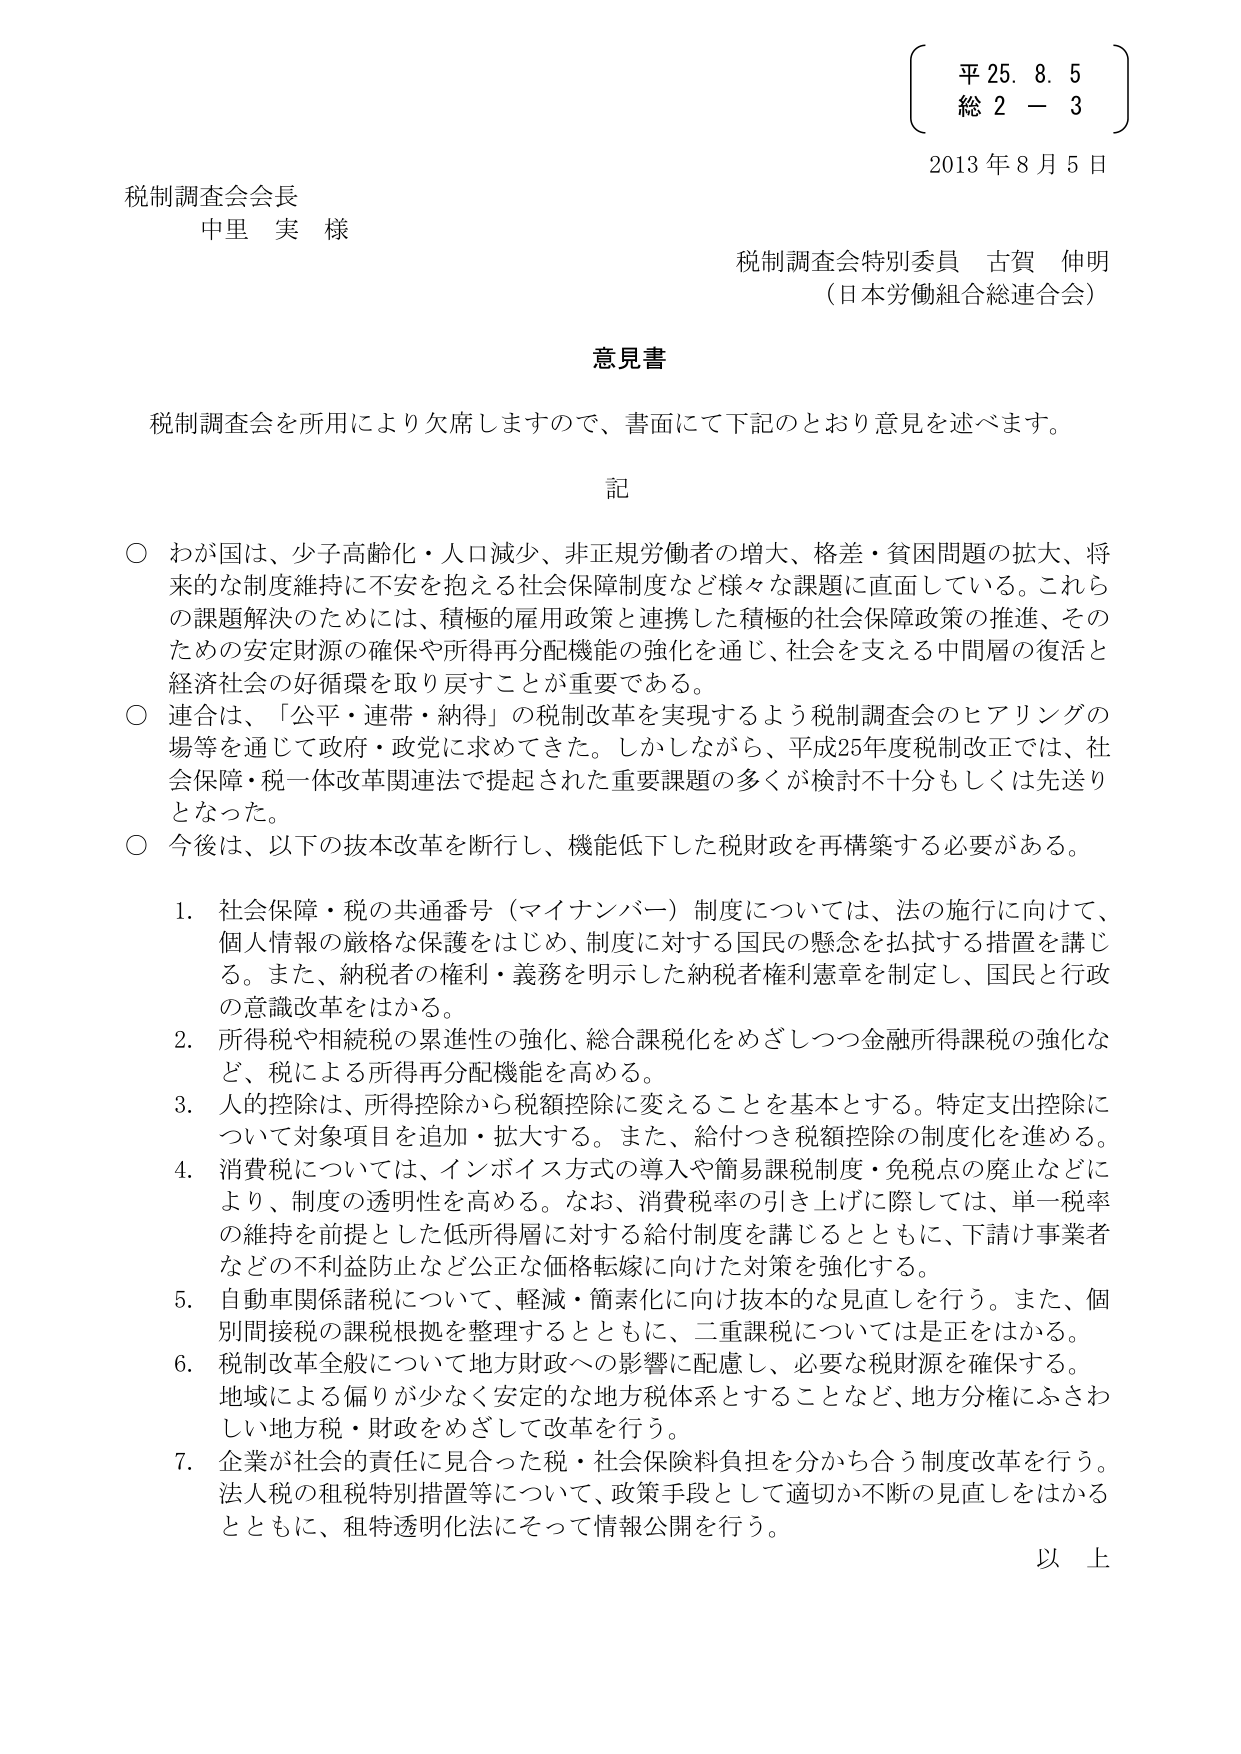
平 25. 8. 5
総 2 － 3
2013年8月5日

税制調査会会長
中里 実 様

税制調査会特別委員 古賀 伸明
（日本労働組合総連合会）

意見書

税制調査会を所用により欠席しますので、書面にて下記のとおり意見を述べます。

記

○ わが国は、少子高齢化・人口減少、非正規労働者の増大、格差・貧困問題の拡大、将来的な制度維持に不安を抱える社会保障制度など様々な課題に直面している。これらの課題解決のためには、積極的雇用政策と連携した積極的社会保障政策の推進、そのための安定財源の確保や所得再分配機能の強化を通じ、社会を支える中間層の復活と経済社会の好循環を取り戻すことが重要である。

○ 連合は、「公平・連帯・納得」の税制改革を実現するよう税制調査会のヒアリングの場等を通じて政府・政党に求めてきた。しかしながら、平成25年度税制改正では、社会保障・税一体改革関連法で提起された重要課題の多くが検討不十分もしくは先送りとなった。

○ 今後は、以下の抜本改革を断行し、機能低下した税財政を再構築する必要がある。

1. 社会保障・税の共通番号（マイナンバー）制度については、法の施行に向けて、個人情報の厳格な保護をはじめ、制度に対する国民の懸念を払拭する措置を講じる。また、納税者の権利・義務を明示した納税者権利憲章を制定し、国民と行政の意識改革をはかる。

2. 所得税や相続税の累進性の強化、総合課税化をめざしつつ金融所得課税の強化など、税による所得再分配機能を高める。

3. 人的控除は、所得控除から税額控除に変えることを基本とする。特定支出控除について対象項目を追加・拡大する。また、給付つき税額控除の制度化を進める。

4. 消費税については、インボイス方式の導入や簡易課税制度・免税点の廃止などにより、制度の透明性を高める。なお、消費税率の引き上げに際しては、単一税率の維持を前提とした低所得層に対する給付制度を講じるとともに、下請け事業者などの不利益防止など公正な価格転嫁に向けた対策を強化する。

5. 自動車関係諸税について、軽減・簡素化に向け抜本的な見直しを行う。また、個別間接税の課税根拠を整理するとともに、二重課税については是正をはかる。

6. 税制改革全般について地方財政への影響に配慮し、必要な税財源を確保する。地域による偏りが少なく安定的な地方税体系とすることなど、地方分権にふさわしい地方税・財政をめざして改革を行う。

7. 企業が社会の責任に見合った税・社会保険料負担を分かち合う制度改革を行う。法人税の租税特別措置等について、政策手段として適切か不断の見直しをはかるとともに、租特透明化法にそって情報公開を行う。

以上